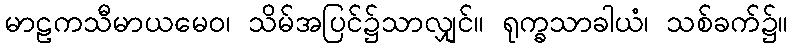
မာဠကသီမာယမေဝ၊ သိမ်အပြင်၌သာလျှင်။ ရုက္ခသာခါယံ၊ သစ်ခက်၌။